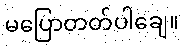
မပြောတတ်ပါချေ။